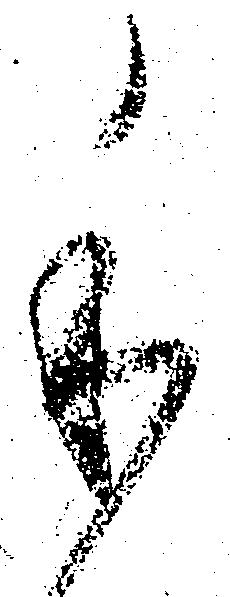
本